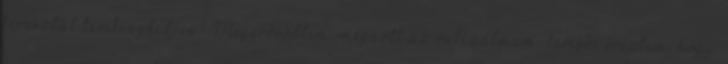
keresztül tevékenykedjen? Megerősödtem, megnőtt az önbizalmam, kevésbé éreztem, hogy